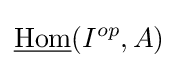
{\underline {\text{Hom}}}(I^{op},A)